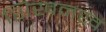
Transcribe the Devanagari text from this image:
शिखनख